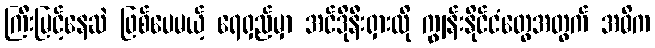
ကြီးမြင့်နေဆဲ ဖြစ်ပေမယ့် ရေရှည်မှာ အင်ဒိုနီးရှားလို ကျွန်းနိုင်ငံတွေအတွက် အဓိက